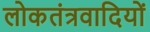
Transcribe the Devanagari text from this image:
लोकतंत्रवादियों